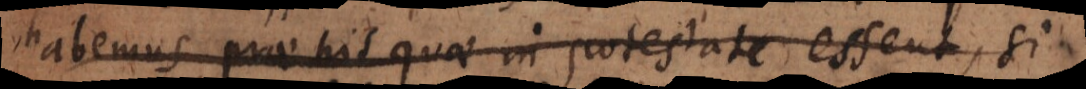
habemus, prae his quae in potestate essent, si